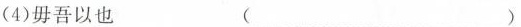
(4)毋吾以也 ( )